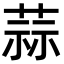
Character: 蒜